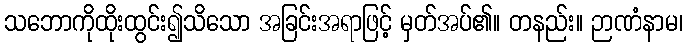
သဘောကိုထိုးထွင်း၍သိသော အခြင်းအရာဖြင့် မှတ်အပ်၏။ တနည်း။ ဉာဏံနာမ၊